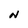
Character: N